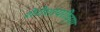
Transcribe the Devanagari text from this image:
शेरोशायरीच्या